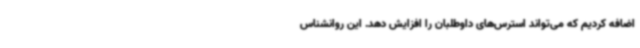
اضافه کردیم که می‌تواند استرس‌های داوطلبان را افزایش دهد. این روانشناس